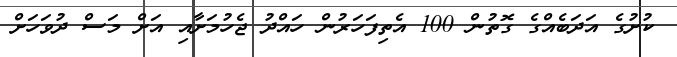
ކުށުގެ އަދަބެއްގެ ގޮތުން 100 އެތިފަަހަރުން ހައްދު ޖެހުމަށާއި އަށް މަސް ދުވަހަށް